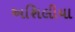
અશિલીયા